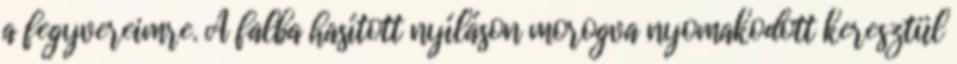
a fegyvereimre. A falba hasított nyíláson morogva nyomakodott keresztül